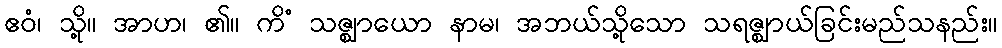
ဧဝံ၊ သို့။ အာဟ၊ ၏။ ကိံ သဇ္ဈာယော နာမ၊ အဘယ်သို့သော သရဇ္ဈာယ်ခြင်းမည်သနည်း။